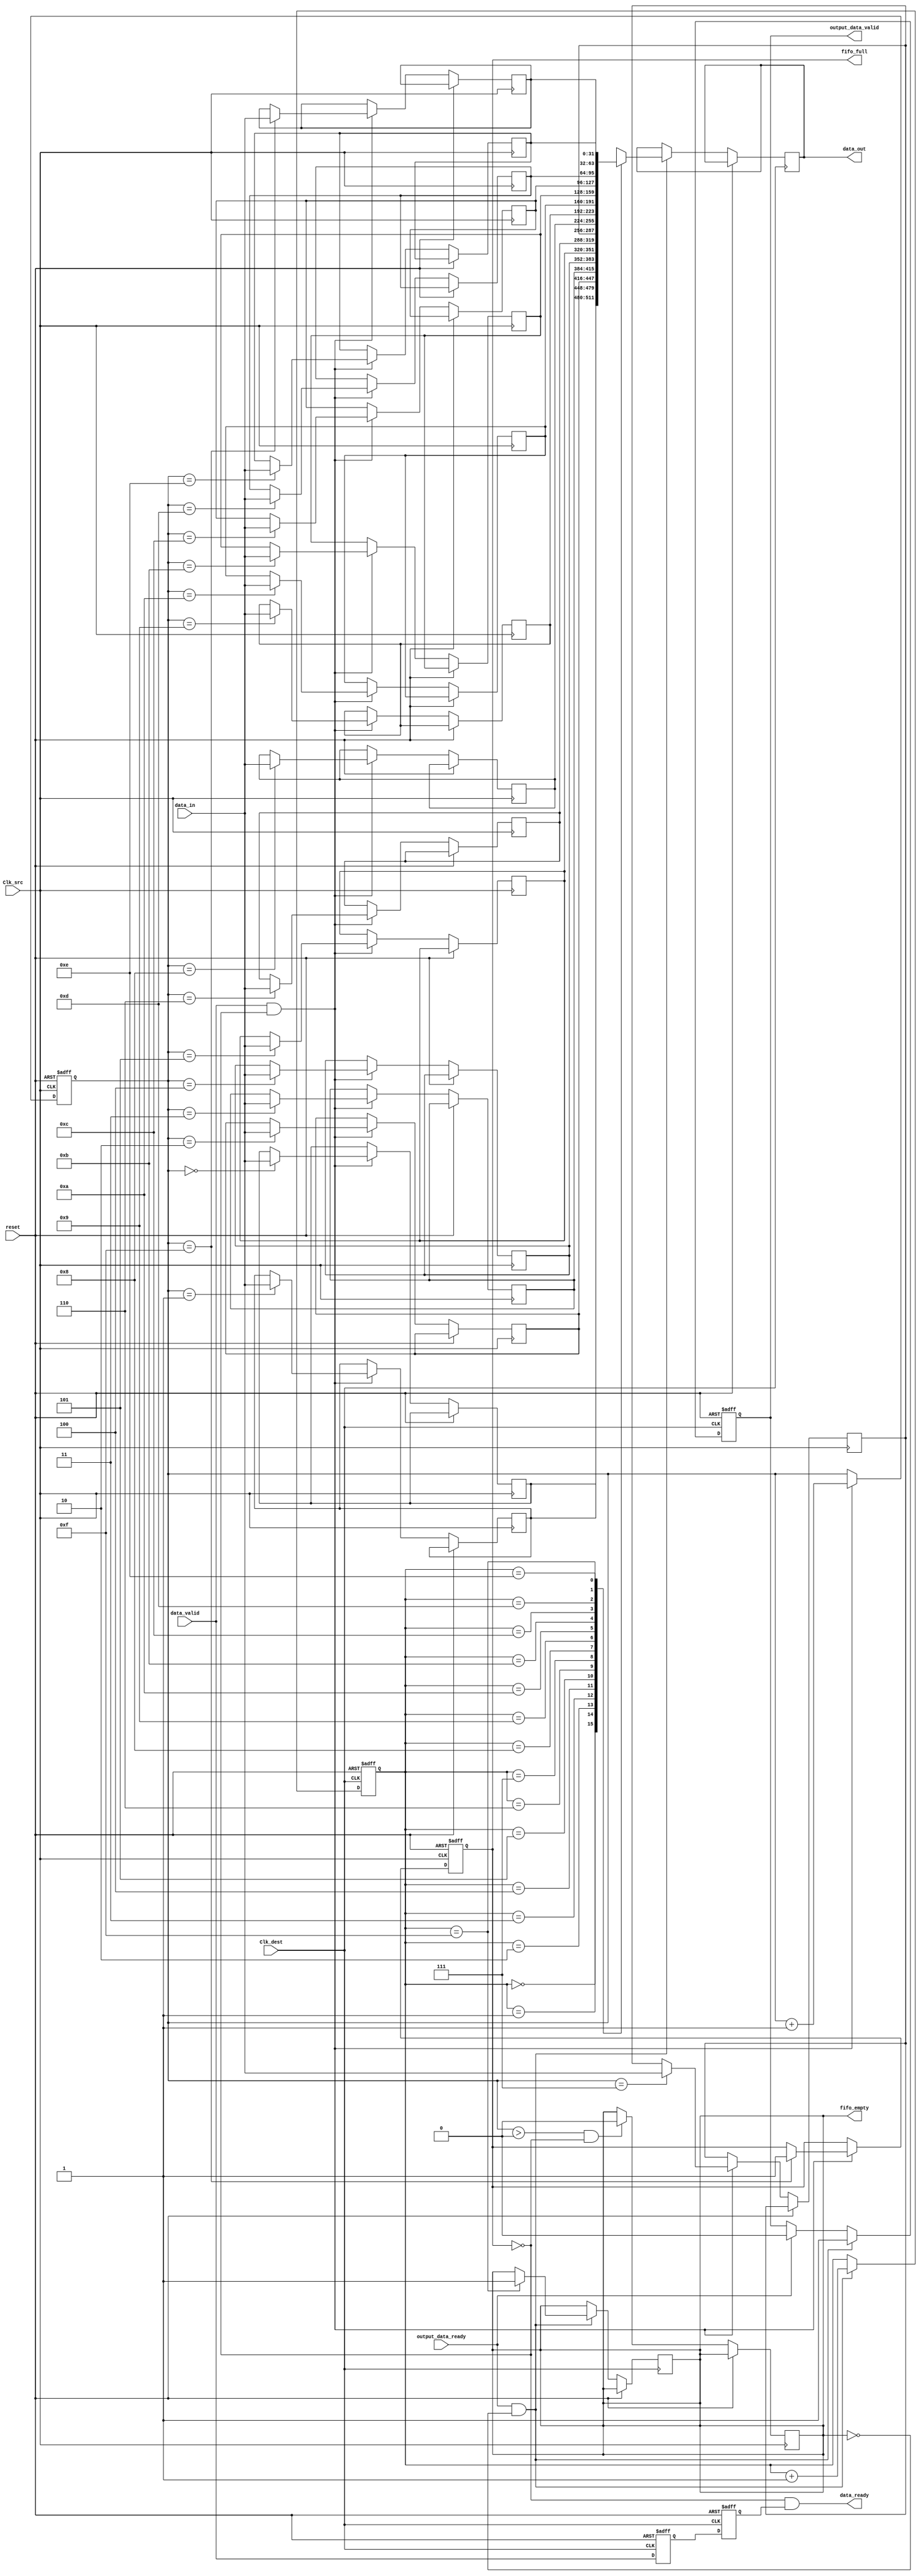
module burst_mode_synchronizer #(
    parameter DATA_WIDTH = 32, // Width of the data
    parameter FIFO_DEPTH = 16 // Depth of the FIFO
)(
    input wire Clk_src,          // Source clock
    input wire Clk_dest,         // Destination clock
    input wire [DATA_WIDTH-1:0] data_in, // Input data from source domain
    input wire data_valid,        // Input data valid signal
    output wire data_ready,       // Output data ready signal
    output reg [DATA_WIDTH-1:0] data_out, // Output data to destination domain
    output reg output_data_valid, // Output data valid in destination domain
    input wire output_data_ready, // Input data ready signal for reading
    output wire fifo_full,        // FIFO full signal
    output wire fifo_empty,       // FIFO empty signal
    input wire reset              // Reset signal
);

    // FIFO buffer implementation
    reg [DATA_WIDTH-1:0] fifo_mem [0:FIFO_DEPTH-1]; // FIFO memory
    reg [$clog2(FIFO_DEPTH)-1:0] write_ptr; // Write pointer
    reg [$clog2(FIFO_DEPTH)-1:0] read_ptr;  // Read pointer
    reg fifo_full_reg;
    reg fifo_empty_reg;

    assign fifo_full = fifo_full_reg;
    assign fifo_empty = fifo_empty_reg;

    // Write Logic (Clk_src domain)
    always @(posedge Clk_src or posedge reset) begin
        if (reset) begin
            write_ptr <= 0;
            fifo_full_reg <= 0;
        end else begin
            if (data_valid && !fifo_full_reg) begin
                fifo_mem[write_ptr] <= data_in; // Write data to FIFO
                write_ptr <= write_ptr + 1;
                if (write_ptr == FIFO_DEPTH - 1) begin
                    fifo_full_reg <= 1; // Mark FIFO as full
                end
            end
            if (write_ptr > 0 && !fifo_full_reg) begin
                fifo_empty_reg <= 0; // Mark FIFO not empty
            end
        end
    end

    // Read Logic (Clk_dest domain)
    always @(posedge Clk_dest or posedge reset) begin
        if (reset) begin
            read_ptr <= 0;
            output_data_valid <= 0;
        end else begin
            if (output_data_ready && !fifo_empty_reg) begin
                data_out <= fifo_mem[read_ptr]; // Read data from FIFO
                output_data_valid <= 1; // Set output data valid
                read_ptr <= read_ptr + 1;
                if (read_ptr == FIFO_DEPTH - 1) begin
                    fifo_empty_reg <= 1; // Mark FIFO as empty
                end
            end else if (output_data_ready) begin
                output_data_valid <= 0; // Clear valid if ready is high and empty
            end
        end
    end

    // Synchronization Logic for Control Signals
    reg sync_data_valid_1, sync_data_valid_2;

    always @(posedge Clk_dest or posedge reset) begin
        if (reset) begin
            sync_data_valid_1 <= 0;
            sync_data_valid_2 <= 0;
        end else begin
            sync_data_valid_1 <= data_valid;   // First stage synchronization
            sync_data_valid_2 <= sync_data_valid_1; // Second stage synchronization
        end
    end

    // Control Data Ready Signal
    assign data_ready = !fifo_full_reg && sync_data_valid_2; // Data ready when FIFO is not full and data is valid

endmodule